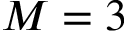
M = 3